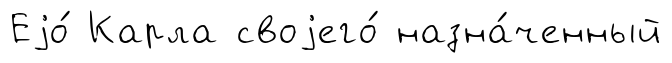
Еjо́ Карла своjего́ назна́ченный